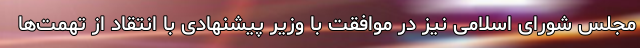
مجلس شورای اسلامی نیز در موافقت با وزیر پیشنهادی با انتقاد از تهمت‌ها